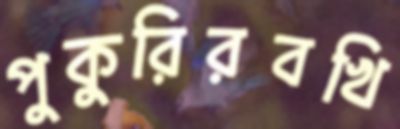
পুকুরিরবখি